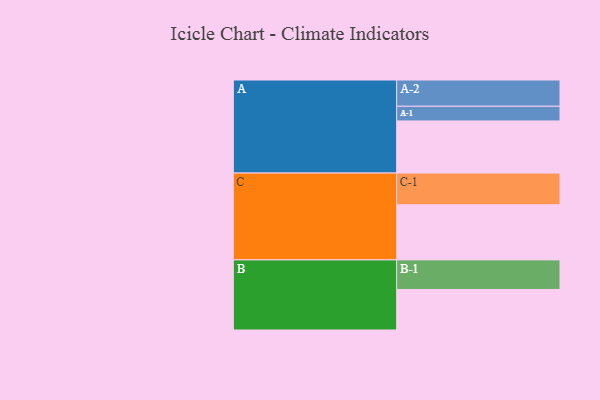
{"axis": {"x": "Segment", "y": "Value"}, "legend": ["", "A", "B", "C"], "data": [{"x": "A", "y": 486, "type": ""}, {"x": "B", "y": 378, "type": ""}, {"x": "C", "y": 514, "type": ""}, {"x": "A-1", "y": 137, "type": "A"}, {"x": "A-2", "y": 245, "type": "A"}, {"x": "B-1", "y": 276, "type": "B"}, {"x": "C-1", "y": 296, "type": "C"}]}